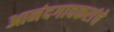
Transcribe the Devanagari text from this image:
आनंदगावकरांचे